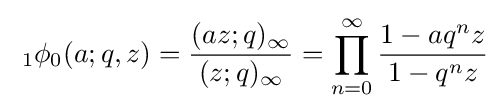
\;_{1}\phi _{0}(a;q,z)={\frac {(az;q)_{\infty }}{(z;q)_{\infty }}}=\prod _{n=0}^{\infty }{\frac {1-aq^{n}z}{1-q^{n}z}}